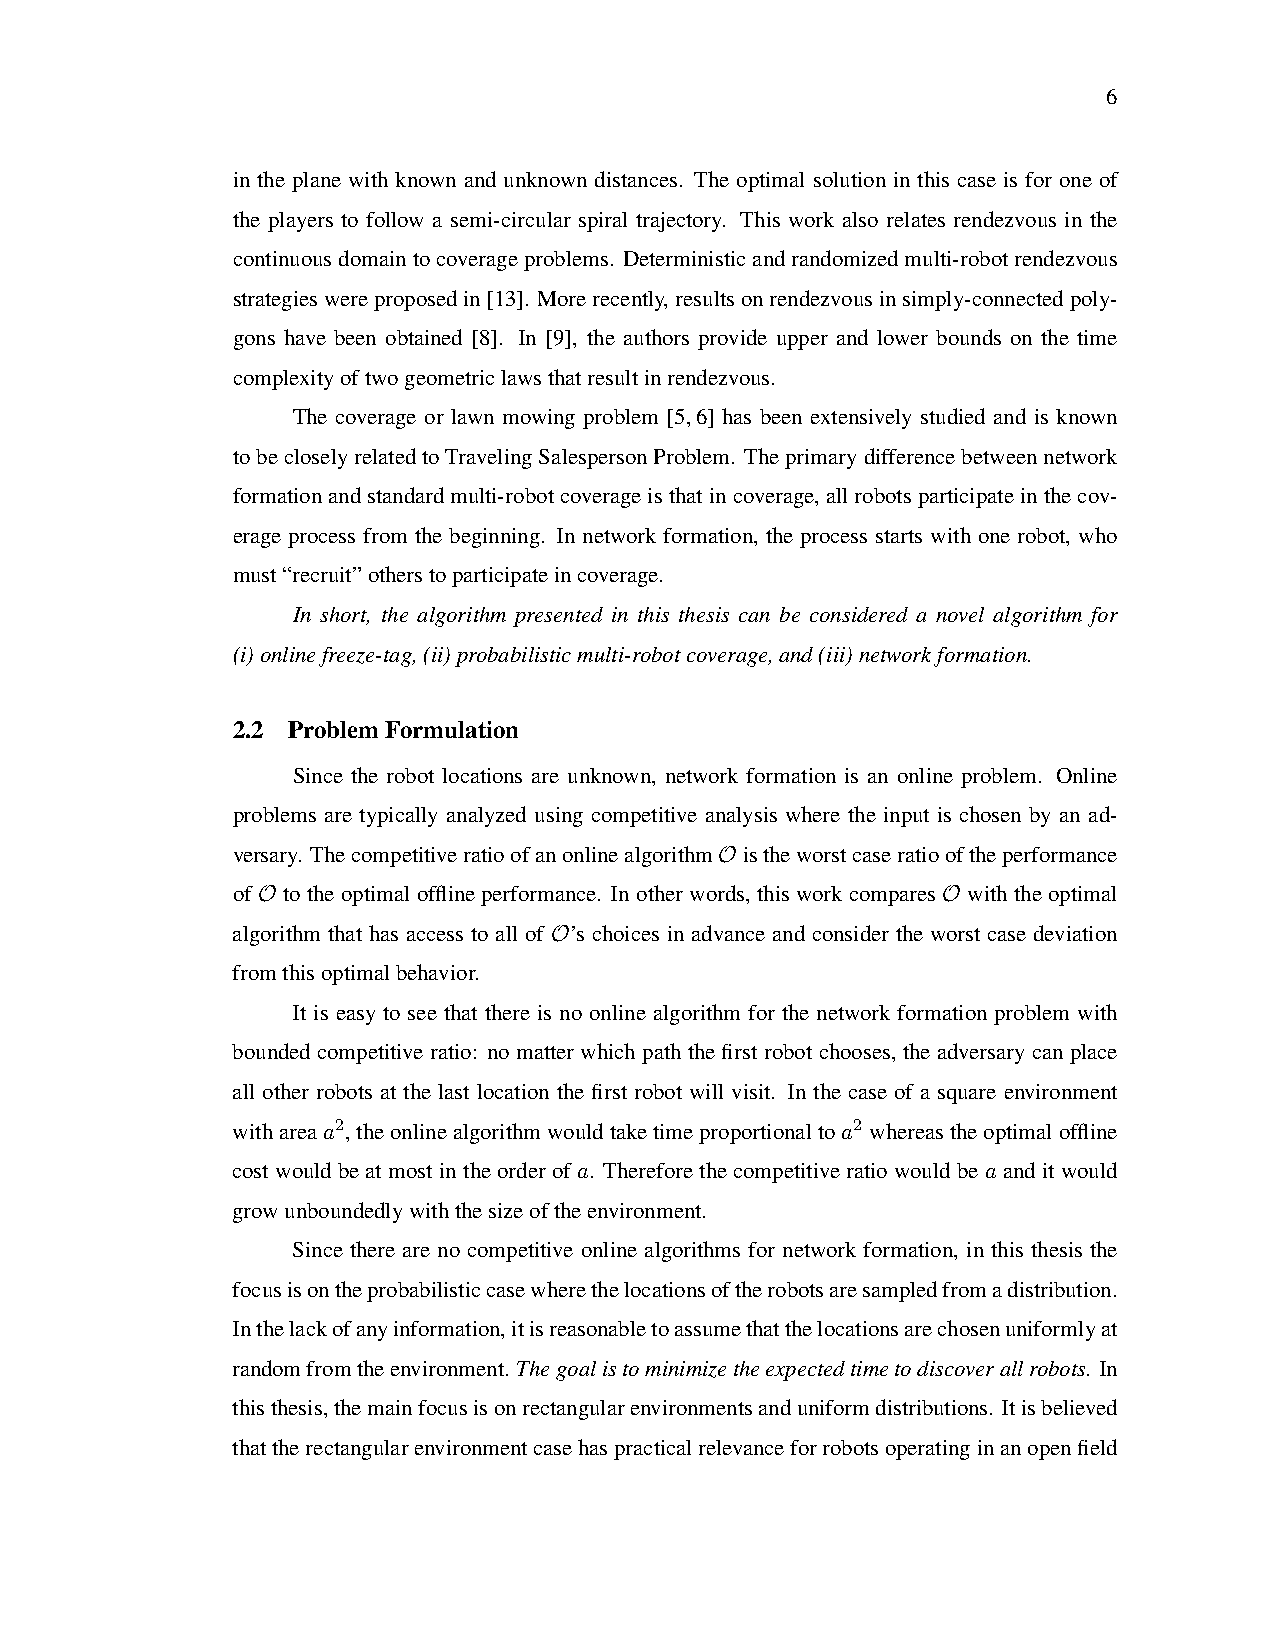
6
 in the plane with known and unknown distances. The optimal solution in this case is for one of
 the players to follow a semi-circular spiral trajectory. This work also relates rendezvous in the
 continuousdomaintocoverageproblems. Deterministicandrandomizedmulti-robotrendezvous
 strategieswereproposedin[13]. Morerecently,resultsonrendezvousinsimply-connectedpoly-
 gons have been obtained [8]. In [9], the authors provide upper and lower bounds on the time
 complexityoftwogeometriclawsthatresultinrendezvous.
 The coverage or lawn mowing problem [5,6] has been extensively studied and is known
 tobecloselyrelatedtoTravelingSalespersonProblem. Theprimarydifferencebetweennetwork
 formationandstandardmulti-robotcoverageisthatincoverage,allrobotsparticipateinthecov-
 erage process from the beginning. In network formation, the process starts with one robot, who
 must“recruit”otherstoparticipateincoverage.
 In short, the algorithm presented in this thesis can be considered a novel algorithm for
 (i)onlinefreeze-tag,(ii)probabilisticmulti-robotcoverage,and(iii)networkformation.
 2.2 ProblemFormulation
 Since the robot locations are unknown, network formation is an online problem. Online
 problems are typically analyzed using competitive analysis where the input is chosen by an ad-
 versary. ThecompetitiveratioofanonlinealgorithmOistheworstcaseratiooftheperformance
 of O to the optimal offline performance. In other words, this work compares O with the optimal
 algorithm that has access to all of O’s choices in advance and consider the worst case deviation
 fromthisoptimalbehavior.
 It is easy to see that there is no online algorithm for the network formation problem with
 bounded competitive ratio: no matter which path the first robot chooses, the adversary can place
 all other robots at the last location the first robot will visit. In the case of a square environment
 withareaa2,theonlinealgorithmwouldtaketimeproportionaltoa2 whereastheoptimaloffline
 cost would be at most in the order of a. Therefore the competitive ratio would be a and it would
 growunboundedlywiththesizeoftheenvironment.
 Since there are no competitive online algorithms for network formation, in this thesis the
 focusisontheprobabilisticcasewherethelocationsoftherobotsaresampledfromadistribution.
 Inthelackofanyinformation,itisreasonabletoassumethatthelocationsarechosenuniformlyat
 randomfromtheenvironment. Thegoalistominimizetheexpectedtimetodiscoverallrobots. In
 thisthesis,themainfocusisonrectangularenvironmentsanduniformdistributions. Itisbelieved
 thattherectangularenvironmentcasehaspracticalrelevanceforrobotsoperatinginanopenfield